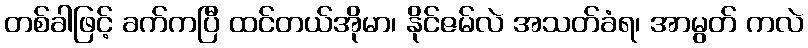
တစ်ခါဖြင့် ခက်ကပြီ ထင်တယ်အိုမာ၊ နိုင်ဇမ်လဲ အသတ်ခံရ၊ အာမွတ် ကလဲ